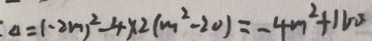
\Delta = ( - 2 m ) ^ { 2 } - 4 \times 2 ( m ^ { 2 } - 2 0 ) = - 4 m ^ { 2 } + 1 6 0